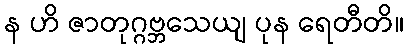
န ဟိ ဇာတုဂ္ဂဗ္ဘသေယျ ပုန ရေတီတိ။